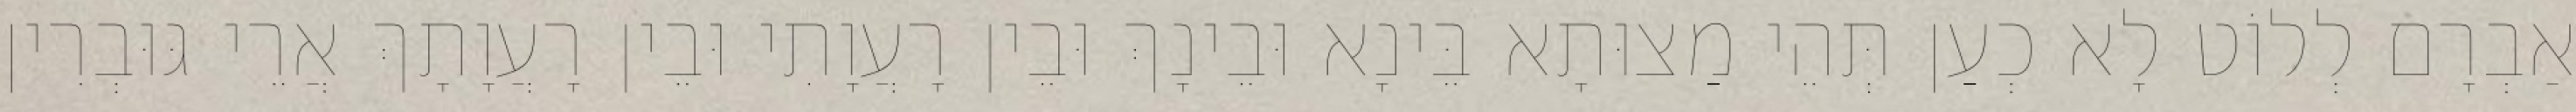
אַבְרָם לְלוֹט לָא כְעַן תְּהֵי מַצוּתָא בֵּינָא וּבֵינָךְ וּבֵין רָעֲוָתִי וּבֵין רָעֲוָתָךְ אֲרֵי גּוּבְרִין